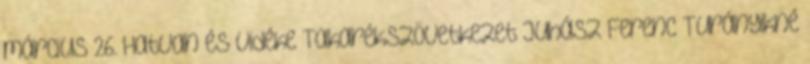
március 26. Hatvan és Vidéke Takarékszövetkezet Juhász Ferenc Turányikné